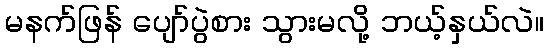
မနက်ဖြန် ပျော်ပွဲစား သွားမလို့ ဘယ့်နှယ်လဲ။